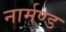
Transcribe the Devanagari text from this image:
नार्मण्ड